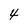
Character: 4